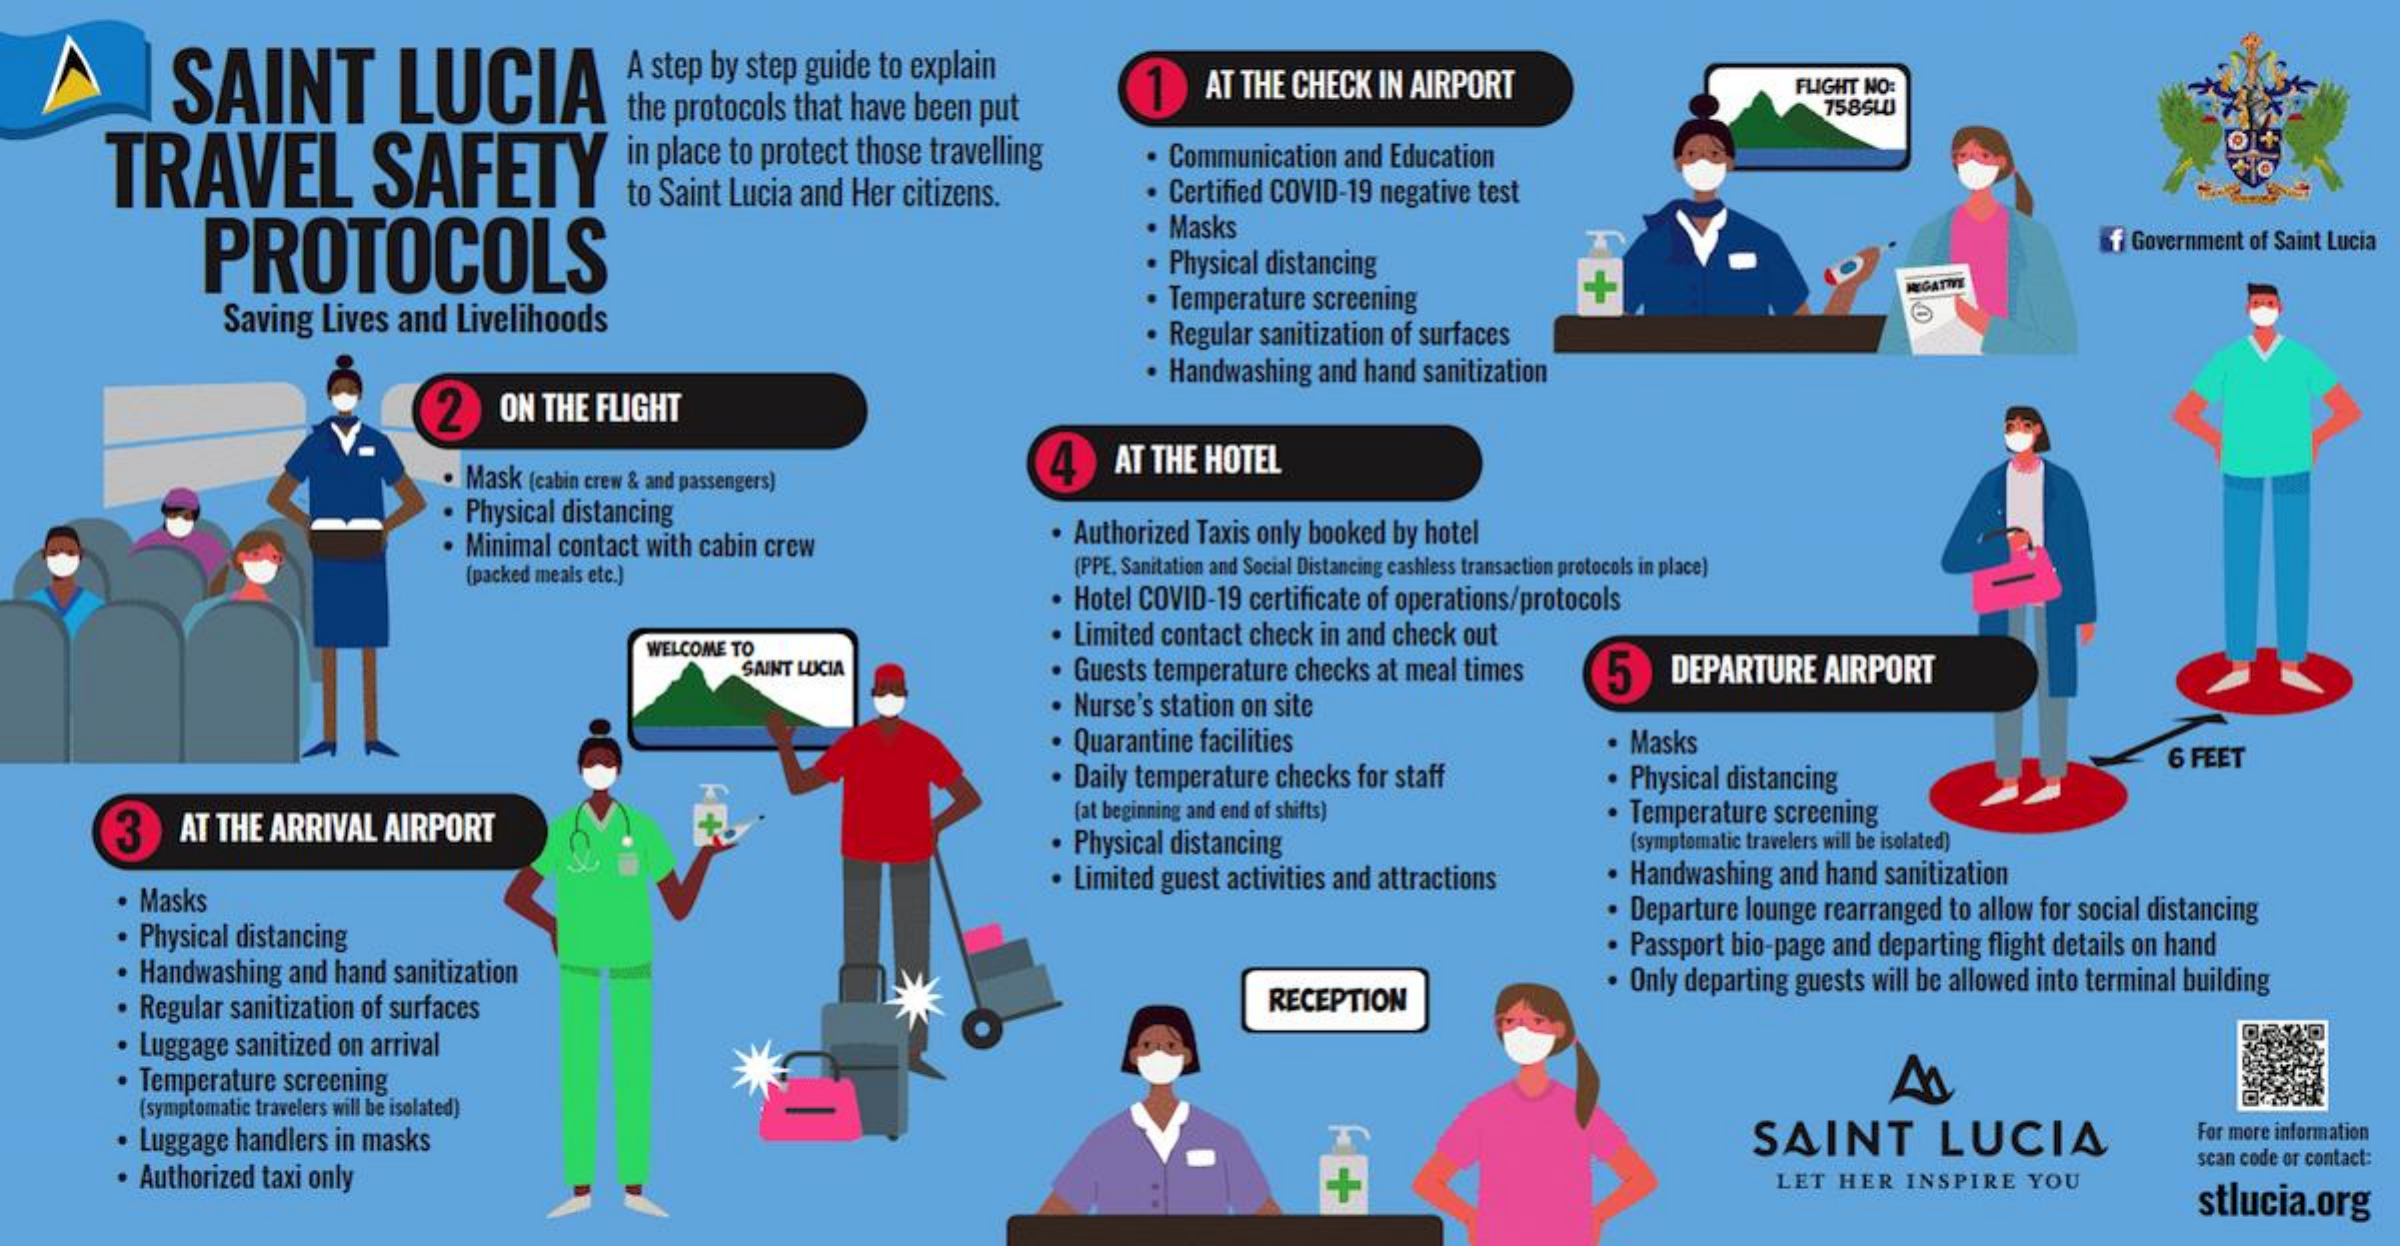
SAINT    LUCIA    A step by step guide to explain
     the protocols that have been put
     11   AT THE CHECK IN AIRPORT    FLIGHT NO:
     758ŚW
     TRAVEL    SAFETY    in place to protect those travelling  Communication and Education
     to Saint Lucia and Her citizens.    Certified COVID-19 negative test
     PROTOCOLS
     Masks
     Physical distancing
     f Government of Saint Lucia
     Temperature screening
     NEGATIVE
     Saving Lives and Livelihoods
     · Regular sanitization of surfaces
     12   ON THE FLIGHT
     Handwashing and hand sanitization
     · Mask (cabin crew & and passengers)
     4   AT THE HOTEL
     . Physical distancing
     . Minimal contact with cabin crew    Authorized Taxis only booked by hotel
     [packed meals etc.)    (PPE. Sanitation and Social Distancing cashless transaction protocols in place)
     · Hotel COVID-19 certificate of operations/protocols
     WELCOME TO
     Limited contact check in and check out
     SAINT LUCIA    . Guests temperature checks at meal times 5 DEPARTURE AIRPORT
     · Nurse's station on site
     · Quarantine facilities    Masks
     · Daily temperature checks for staff    Physical distancing
     6 FEET
     3   AT THE ARRIVAL AIRPORT
     (at beginning and end of shifts)
     . Physical distancing
     Temperature screening
     [symptomatic travelers will be isolated)
     Masks
     . Limited guest activities and attractions Handwashing and hand sanitization
     . Physical distancing
     Departure lounge rearranged to allow for social distancing
     . Handwashing and hand sanitization
     · Passport bio-page and departing flight details on hand
     Regular sanitization of surfaces    RECEPTION
     · Only departing guests will be allowed into terminal building
     . Luggage sanitized on arrival
     · Temperature screening
     (symptomatic travelers will be isolated)
     · Luggage handlers in masks    SAINT    LUCIA    For more information
     · Authorized taxi only    +    LET HER INSPIRE  YOU
     scan code or contact:
     stlucia.org